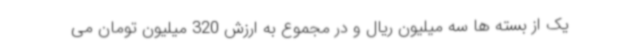
یک از بسته ها سه میلیون ریال و در مجموع به ارزش 320 میلیون تومان می